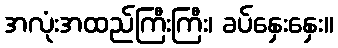
အလုံးအထည်ကြီးကြီး၊ ခပ်နှေးနှေး။